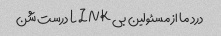
درد ما از مسئولین بی LINK درست شن